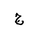
Letter: _gim